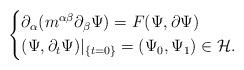
LaTeX: \begin{align*} \begin{cases*} \partial_{\alpha} (m^{\alpha \beta}\partial_{\beta}\Psi)=F(\Psi,\partial \Psi)\\ (\Psi,\partial_t \Psi)|_{\{t=0\}}=(\Psi_0, \Psi_1) \in \mathcal{H}. \end{cases*} \end{align*}